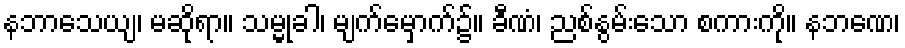
နဘာသေယျ၊ မဆိုရာ။ သမ္မုခါ၊ မျက်မှောက်၌။ ခီဏံ၊ ညစ်နွမ်းသော စကားကို။ နဘဏေ၊